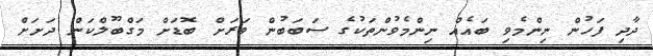
ދާދި ފަހުން ނިންމެވި ބައެއް ނިންމެވުންތަކުގެ ސަބަބުން ވަރަށް ބޮޑަށް މަގްބޫލްކަން ދަށަށް